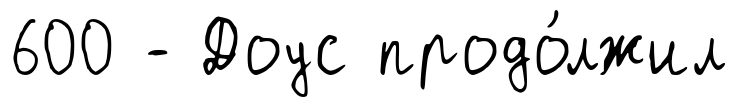
600 - Доус продо́лжил